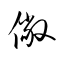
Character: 僘